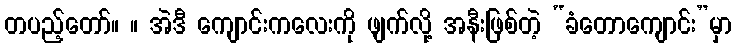
တပည့်တော်။ ။ အဲဒီ ကျောင်းကလေးကို ဖျက်လို့ အနီးဖြစ်တဲ့ “ခံတောကျောင်း”မှာ